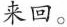
来回。